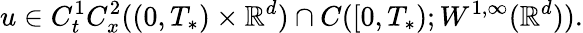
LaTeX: u\in C_{t}^{1}C_{x}^{2}((0,T_{*})\times\mathbb{R}^{d})\cap C([0,T_{*});W^{1,\infty}(\mathbb{R}^{d})).